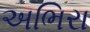
અભિરા